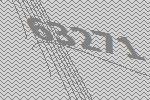
63271